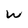
Character: W